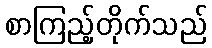
စာကြည့်တိုက်သည်